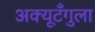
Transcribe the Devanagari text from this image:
अक्यूटँगुला